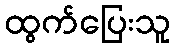
ထွက်ပြေးသူ